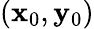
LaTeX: (\mathbf{x}_{0},\mathbf{y}_{0})